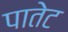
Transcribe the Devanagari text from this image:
पातेट